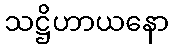
သဋ္ဌိဟာယနော